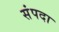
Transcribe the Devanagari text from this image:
संंपदा